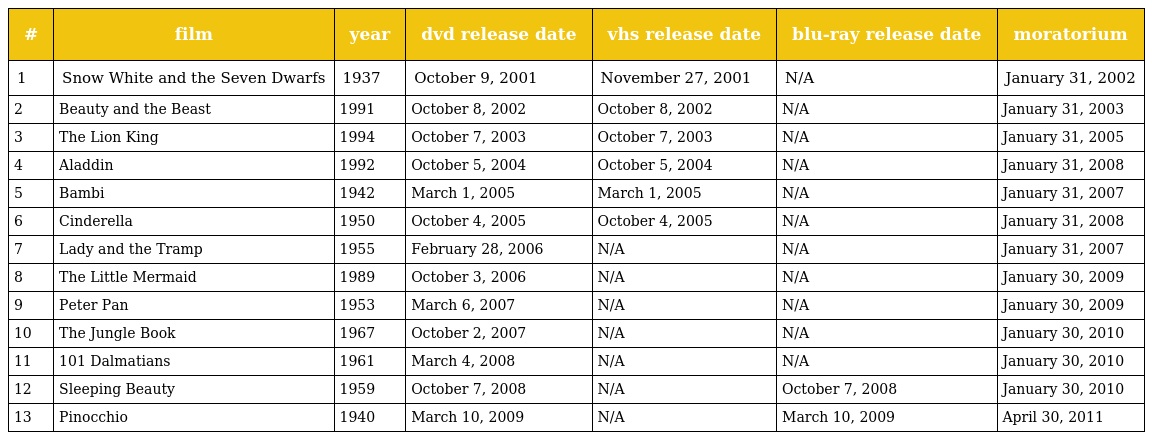
| # | film | year | dvd release date | vhs release date | blu-ray release date | moratorium |
 | --- | --- | --- | --- | --- | --- | --- |
 | 1 | Snow White and the Seven Dwarfs | 1937 | October 9, 2001 | November 27, 2001 | N/A | January 31, 2002 |
 | 2 | Beauty and the Beast | 1991 | October 8, 2002 | October 8, 2002 | N/A | January 31, 2003 |
 | 3 | The Lion King | 1994 | October 7, 2003 | October 7, 2003 | N/A | January 31, 2005 |
 | 4 | Aladdin | 1992 | October 5, 2004 | October 5, 2004 | N/A | January 31, 2008 |
 | 5 | Bambi | 1942 | March 1, 2005 | March 1, 2005 | N/A | January 31, 2007 |
 | 6 | Cinderella | 1950 | October 4, 2005 | October 4, 2005 | N/A | January 31, 2008 |
 | 7 | Lady and the Tramp | 1955 | February 28, 2006 | N/A | N/A | January 31, 2007 |
 | 8 | The Little Mermaid | 1989 | October 3, 2006 | N/A | N/A | January 30, 2009 |
 | 9 | Peter Pan | 1953 | March 6, 2007 | N/A | N/A | January 30, 2009 |
 | 10 | The Jungle Book | 1967 | October 2, 2007 | N/A | N/A | January 30, 2010 |
 | 11 | 101 Dalmatians | 1961 | March 4, 2008 | N/A | N/A | January 30, 2010 |
 | 12 | Sleeping Beauty | 1959 | October 7, 2008 | N/A | October 7, 2008 | January 30, 2010 |
 | 13 | Pinocchio | 1940 | March 10, 2009 | N/A | March 10, 2009 | April 30, 2011 |